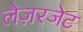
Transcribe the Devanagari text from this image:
लेज़रजेट